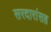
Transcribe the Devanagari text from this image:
सरदारांसह